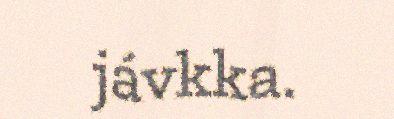
jávkka.